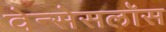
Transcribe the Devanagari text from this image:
वेन्सेसलॉस